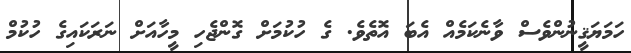
ހަމަޔަޤީނުންވެސް ވާނެކަމެއް އެބަ އޮތެވެ. ގެ ހުކުމަށް ގޮންޖެހި މީހާއަށް ނަރަކައިގެ ހުކުމް